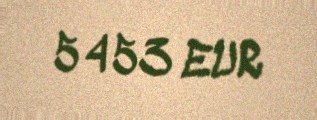
5453 EUR